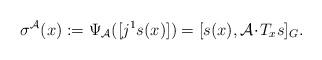
LaTeX: \begin{align*}\sigma^\mathcal{A}(x):=\Psi_\mathcal{A}([j^1s(x)])=[s(x),\mathcal{A}\!\cdot\!T_xs]_G.\end{align*}